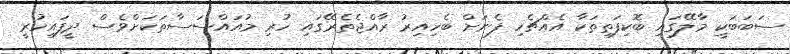
ސަބަބަކީ މާލޭގައި ބޮކިފަތިތަކާ އެއްޗެހި ފެނަށް ބެހިއިރު ރާއްޖެތެރޭގައި ހުރި މުއައްސަސާތަކަށްވެސް ދީފައިހުރީ